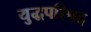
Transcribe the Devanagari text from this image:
युद्धपरिषद